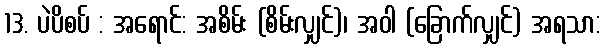
13. ပဲပိစပ် : အရောင်: အစိမ်း (စိမ်းလျှင်)၊ အဝါ (ခြောက်လျှင်) အရသာ: